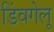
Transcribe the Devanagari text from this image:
डिंवगेलू